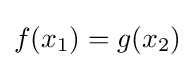
f(x_{1})=g(x_{2})